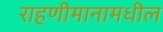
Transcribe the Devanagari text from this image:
राहणीमानामधील